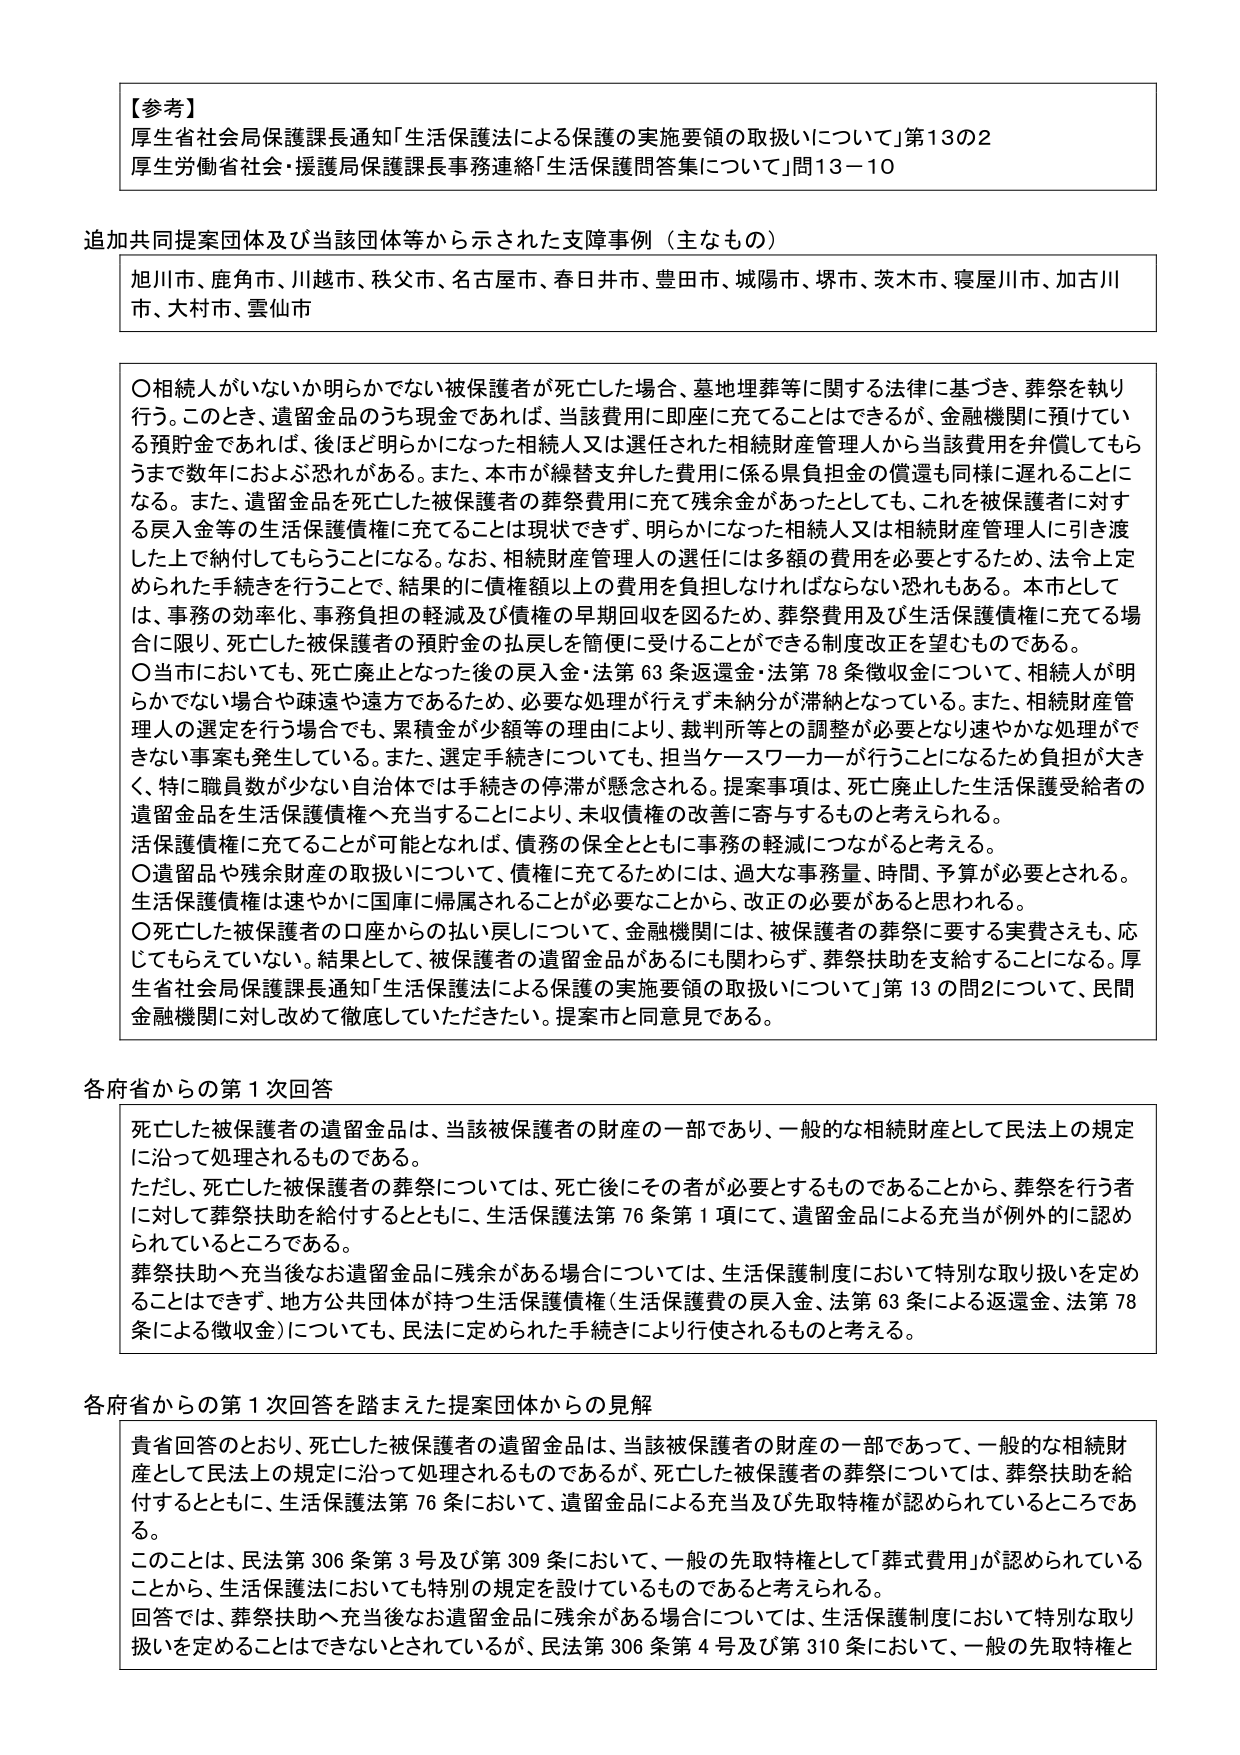
【参考】
厚生省社会局保護課長通知「生活保護法による保護の実施要領の取扱いについて」第13の2
厚生労働省社会・援護局保護課長事務連絡「生活保護問答集について」問13－10

追加共同提案団体及び当該団体等から示された支障事例（主なもの）
旭川市、鹿角市、川越市、秩父市、名古屋市、春日井市、豊田市、城陽市、堺市、茨木市、寝屋川市、加古川市、大村市、雲仙市

〇相続人がいないか明らかでない被保護者が死亡した場合、墓地埋葬等に関する法律に基づき、葬祭を執り行う。このとき、遺留金品のうち現金であれば、当該費用に即座に充てることはできるが、金融機関に預けていた預貯金であれば、後ほど明らかになった相続人又は選任された相続財産管理人から当該費用を弁償してもらうまで数年におよぶ恐れがある。また、本市が繰替支弁した費用に係る県負担金の償還も同様に遅れることになる。また、遺留金品を死亡した被保護者の葬祭費用に充てて残余金があったとしても、これを被保護者に対する戻入金等の生活保護債権に充てることは現状できず、明らかになった相続人又は相続財産管理人に引き渡した上で納付してもらうことになる。なお、相続財産管理人の選任には多額の費用を必要とするため、法令上定められた手続きを行うことで、結果的に債権額以上の費用を負担しなければならない恐れもある。本市としては、事務の効率化、事務負担の軽減及び債権の早期回収を図るため、葬祭費用及び生活保護債権に充てる場合に限り、死亡した被保護者の預貯金の払戻しを簡便に受けることができる制度改正を望むものである。
〇当市においても、死亡廃止となった後の戻入金・法第63条返還金・法第78条徴収金について、相続人が明らかでない場合や疎遠や遠方であるため、必要な処理が行えず未納分が滞納となっている。また、相続財産管理人の選定を行う場合でも、累積金が少額等の理由により、裁判所等との調整が必要となり速やかな処理ができない事案も発生している。また、選定手続きについても、担当ケースワーカーが行うことになるため負担が大きく、特に職員数が少ない自治体では手続きの停滞が懸念される。提案事項は、死亡廃止した生活保護受給者の遺留金品を生活保護債権へ充当することにより、未収債権の改善に寄与するものと考えられる。
生活保護債権に充てることが可能となれば、債務の保全とともに事務の軽減につながると考える。
〇遺留品や残余財産の取扱いについて、債権に充てるためには、過大な事務量、時間、予算が必要とされる。生活保護債権は速やかに国庫に帰属されることが必要なことから、改正の必要があると思われる。
〇死亡した被保護者の口座からの払い戻しについて、金融機関には、被保護者の葬祭に要する実費さえも、応じてもらえていない。結果として、被保護者の遺留金品があるにも関わらず、葬祭扶助を支給することになる。厚生省社会局保護課長通知「生活保護法による保護の実施要領の取扱いについて」第13の問2について、民間金融機関に対し改めて徹底していただきたい。提案市と同意見である。

各府省からの第1次回答
死亡した被保護者の遺留金品は、当該被保護者の財産の一部であり、一般的な相続財産として民法上の規定に沿って処理されるものである。
ただし、死亡した被保護者の葬祭については、死亡後にその者が必要とするものであることから、葬祭を行う者に対して葬祭扶助を給付するとともに、生活保護法第76条第1項にて、遺留金品による充当が例外的に認められているところである。
葬祭扶助へ充当後なお遺留金品に残余がある場合については、生活保護制度において特別な取り扱いを定めることはできず、地方公共団体が持つ生活保護債権（生活保護費の戻入金、法第63条による返還金、法第78条による徴収金）についても、民法に定められた手続きにより行使されるものと考える。

各府省からの第1次回答を踏まえた提案団体からの見解
貴省回答のとおり、死亡した被保護者の遺留金品は、当該被保護者の財産の一部であって、一般的な相続財産として民法上の規定に沿って処理されるものであるが、死亡した被保護者の葬祭については、葬祭扶助を給付するとともに、生活保護法第76条において、遺留金品による充当及び先取特権が認められているところである。
このことは、民法第306条第3号及び第309条において、一般の先取特権として「葬式費用」が認められていることから、生活保護法においても特別の規定を設けているものであると考えられる。
回答では、葬祭扶助へ充当後なお遺留金品に残余がある場合については、生活保護制度において特別な取り扱いを定めることはできないとされているが、民法第306条第4号及び第310条において、一般の先取特権と